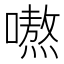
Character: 𭋣